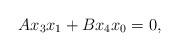
\begin{align*}Ax_3x_1+Bx_4x_0=0,\end{align*}